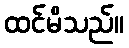
ထင်မိသည်။